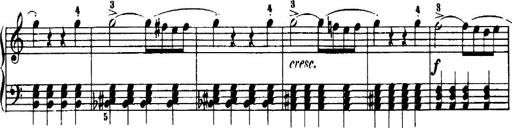
Title: 7 Sonatinas
Composer: Anton Diabelli